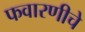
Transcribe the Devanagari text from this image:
फवारणीचे